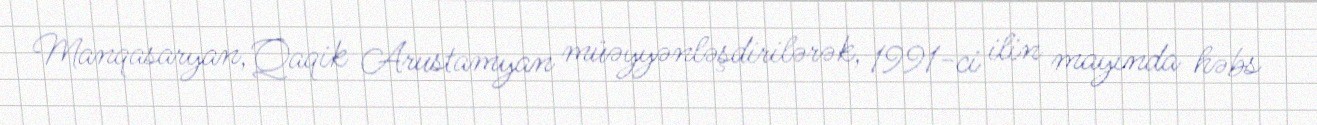
Manqasaryan, Qaqik Arustamyan müəyyənləşdirilərək, 1991-ci ilin mayında həbs